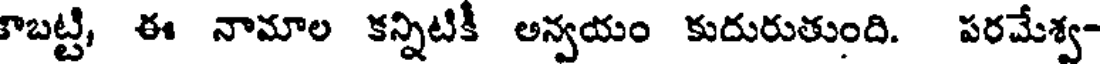
కాబట్టి, ఈ నామాల కన్నిటికీ అన్వయం కుదురుతుంది. పరమేశ్వ-